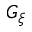
G _ { \xi }